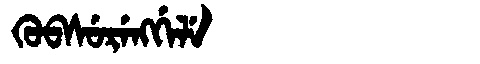
Manchu: ᡴᡠᠪᠰᡠᡵᡝᠩᡤᡝᠯᡝ
Romanization: KUBSURENGGELE